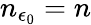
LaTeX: n_{\epsilon_{0}}=n